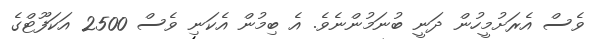
ވެސް އެރަށުމީހުން ދަނީ ބުނަމުންނެވެ. އެ ބިމުން އެކަނި ވެސް 2500 އަކަފޫޓްގެ